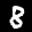
Label: 8